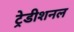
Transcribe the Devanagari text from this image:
ट्रेडीशनल